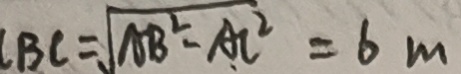
B C = \sqrt { A B ^ { 2 } - A C ^ { 2 } } = 6 m